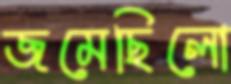
জমেছিলো